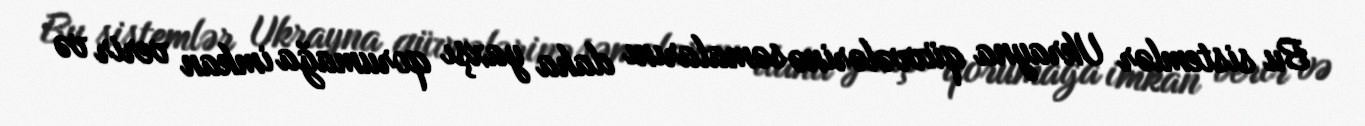
Bu sistemlər Ukrayna qüvvələrinə səmalarını daha yaxşı qorumağa imkan verir və